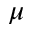
\mu